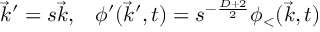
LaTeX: \vec { k } ^ { \prime } = s \vec { k } , \; \; \; \phi ^ { \prime } ( \vec { k } ^ { \prime } , t ) = s ^ { - \frac { D + 2 } { 2 } } \phi _ { < } ( \vec { k } , t )